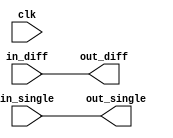
module io_blocks(
    input wire clk,
    input wire [1:0] in_diff,
    input wire in_single,
    output wire [1:0] out_diff,
    output wire out_single
);

// Differential buffer implementation

// Differential input
assign out_diff[0] = in_diff[0];
assign out_diff[1] = in_diff[1];

// Single-ended input
assign out_single = in_single;

endmodule